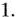
1.